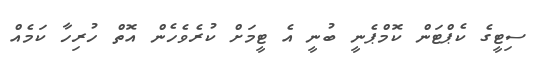
ސިޓީގެ ކެޕްޓަން ކޮމްޕެނީ ބުނީ އެ ޓީމަށް ކުރެވެހެން އޮތް ހުރިހާ ކަމެއް